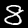
Label: 8